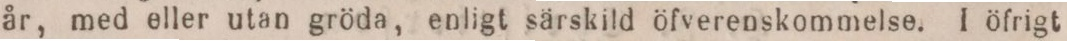
år, med eller utan gröda, enligt särskild öfverenskommelse. I öfrigt